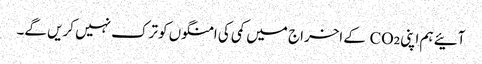
آئیے ہم اپنی CO₂ کے اخراج میں کمی کی امنگوں کو ترک نہیں کریں گے۔